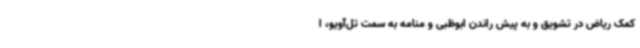
کمک ریاض در تشویق و به پیش راندن ابوظبی و منامه به سمت تل‌آویو، ا